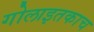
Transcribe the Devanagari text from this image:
गोलाइतकाच